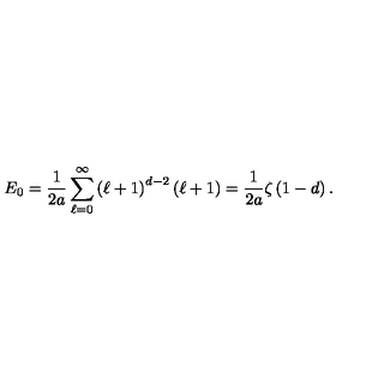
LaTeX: E _ { 0 } = \frac { 1 } { 2 a } \sum _ { \ell = 0 } ^ { \infty } \left( \ell + 1 \right) ^ { d - 2 } \left( \ell + 1 \right) = \frac { 1 } { 2 a } \zeta \left( 1 - d \right) .